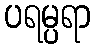
ပရမ္ပရာ